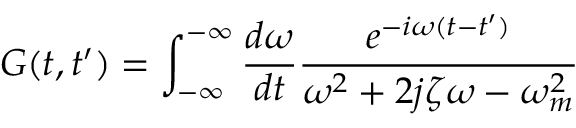
G ( t , t ^ { \prime } ) = \int _ { - \infty } ^ { - \infty } \frac { d \omega } { d t } \frac { e ^ { - i \omega ( t - t ^ { \prime } ) } } { \omega ^ { 2 } + 2 j \zeta \omega - \omega _ { m } ^ { 2 } }